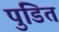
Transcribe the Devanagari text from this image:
पुंडित